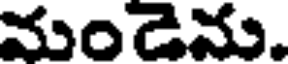
మండెను.